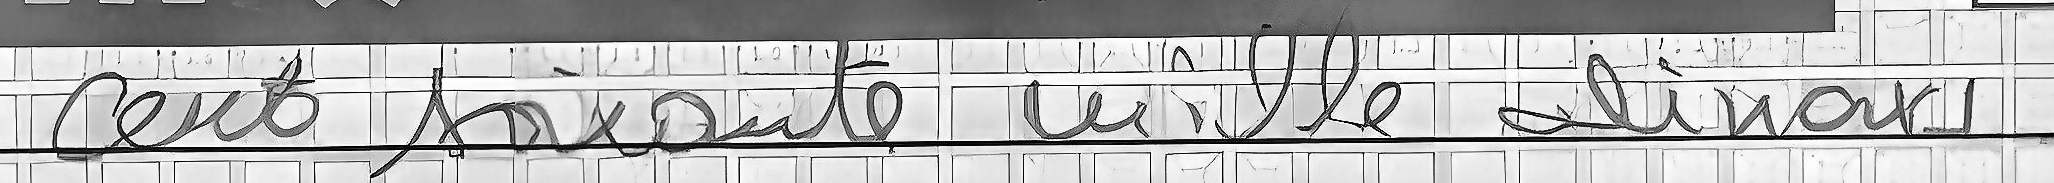
cent soixante mille dinars